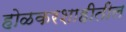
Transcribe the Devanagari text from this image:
होळकरशाहीतील